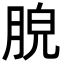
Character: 𦛮